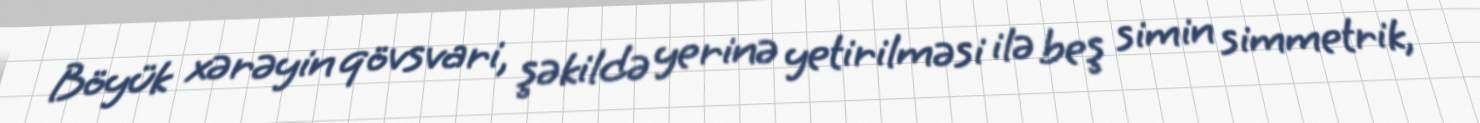
Böyük xərəyin qövsvari, şəkildə yerinə yetirilməsi ilə beş simin simmetrik,